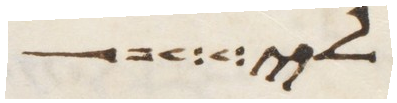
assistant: לי